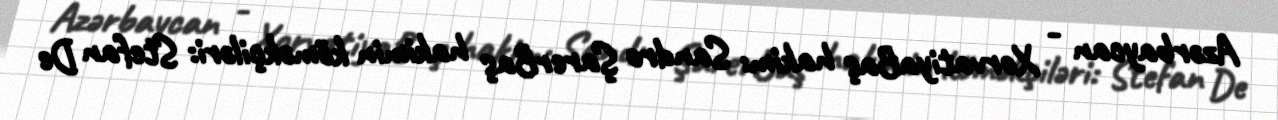
Azərbaycan - XorvatiyaBaş hakim: Sandro ŞarerBaş hakimin köməkçiləri: Stefan De